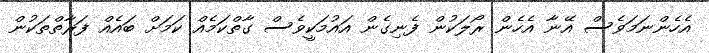
އެހެންނަމަވެސް އޭނާ އެހެން ރޯލަކުން ފެނިގެން އައުމަކީވެސް ގާތްކަމެއް ކަމަށް ބައެއް ފަރާތްތަކުން